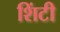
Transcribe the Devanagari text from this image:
शिंटी